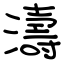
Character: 濤